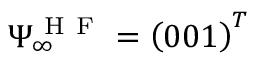
\Psi _ { \infty } ^ { \mathrm { ~ H ~ F ~ } } = \left( 0 0 1 \right) ^ { T }